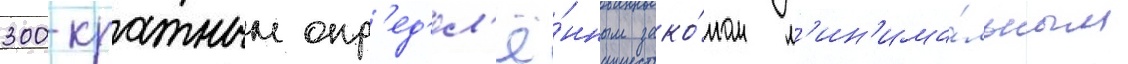
300-кратным опр'ед'ел'ё́нным зако́ном м'ин'има́льным